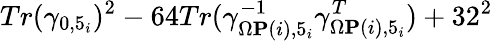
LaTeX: Tr(\gamma_{0,5_{i}})^{2}-64Tr(\gamma_{\Omega{\mathbf P}(i),5_{i}}^{-1}\gamma_{\Omega{\mathbf P}(i),5_{i}}^{T})+32^{2}